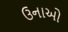
ઉનાઓ